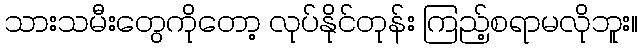
သားသမီးတွေကိုတော့ လုပ်နိုင်တုန်း ကြည့်စရာမလိုဘူး။